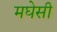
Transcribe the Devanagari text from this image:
मघेसी